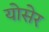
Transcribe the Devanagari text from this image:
योसेर